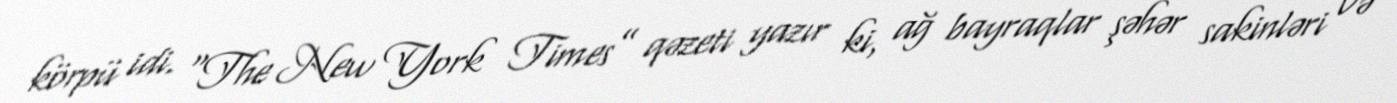
körpü idi. “The New York Times” qəzeti yazır ki, ağ bayraqlar şəhər sakinləri və